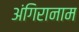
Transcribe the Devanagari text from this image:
अंगिरानाम